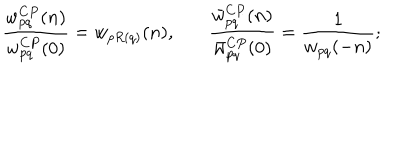
\frac { w _ { p q } ^ { C P } ( n ) } { w _ { p q } ^ { C P } ( 0 ) } = w _ { p R ( q ) } ( n ) , ~ \frac { \bar { w } _ { p q } ^ { C P } ( n ) } { \bar { w } _ { p q } ^ { C P } ( 0 ) } = \frac { 1 } { w _ { p q } ( - n ) } ;